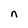
Character: n